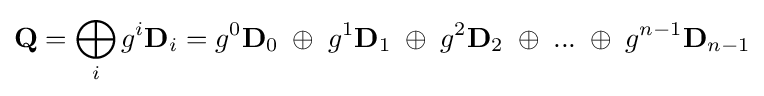
\mathbf {Q} =\bigoplus _{i}{g^{i}\mathbf {D} _{i}}=g^{0}\mathbf {D} _{0}\;\oplus \;g^{1}\mathbf {D} _{1}\;\oplus \;g^{2}\mathbf {D} _{2}\;\oplus \;...\;\oplus \;g^{n-1}\mathbf {D} _{n-1}